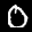
Label: 0